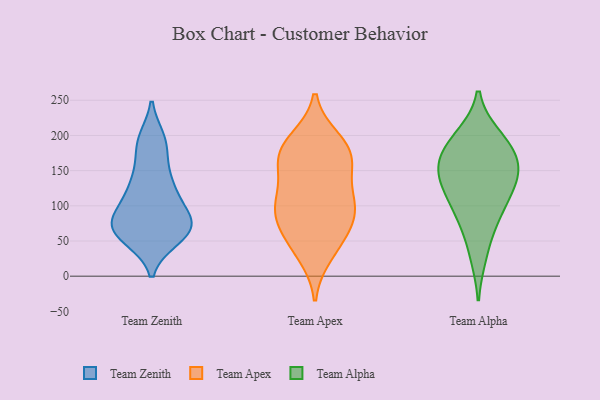
{"axis": {"x": "Latency (ms)", "y": "Value"}, "legend": ["Team Alpha", "Team Apex", "Team Zenith"], "data": [{"x": "", "y": 195, "type": "Team Zenith"}, {"x": "", "y": 130, "type": "Team Zenith"}, {"x": "", "y": 94, "type": "Team Zenith"}, {"x": "", "y": 77, "type": "Team Zenith"}, {"x": "", "y": 52, "type": "Team Zenith"}, {"x": "", "y": 73, "type": "Team Zenith"}, {"x": "", "y": 130, "type": "Team Zenith"}, {"x": "", "y": 61, "type": "Team Zenith"}, {"x": "", "y": 75, "type": "Team Zenith"}, {"x": "", "y": 113, "type": "Team Zenith"}, {"x": "", "y": 78, "type": "Team Zenith"}, {"x": "", "y": 53, "type": "Team Zenith"}, {"x": "", "y": 192, "type": "Team Zenith"}, {"x": "", "y": 163, "type": "Team Zenith"}, {"x": "", "y": 172, "type": "Team Apex"}, {"x": "", "y": 51, "type": "Team Apex"}, {"x": "", "y": 98, "type": "Team Apex"}, {"x": "", "y": 89, "type": "Team Apex"}, {"x": "", "y": 56, "type": "Team Apex"}, {"x": "", "y": 148, "type": "Team Apex"}, {"x": "", "y": 182, "type": "Team Apex"}, {"x": "", "y": 178, "type": "Team Apex"}, {"x": "", "y": 192, "type": "Team Apex"}, {"x": "", "y": 101, "type": "Team Apex"}, {"x": "", "y": 159, "type": "Team Apex"}, {"x": "", "y": 91, "type": "Team Apex"}, {"x": "", "y": 32, "type": "Team Apex"}, {"x": "", "y": 109, "type": "Team Apex"}, {"x": "", "y": 130, "type": "Team Alpha"}, {"x": "", "y": 179, "type": "Team Alpha"}, {"x": "", "y": 199, "type": "Team Alpha"}, {"x": "", "y": 169, "type": "Team Alpha"}, {"x": "", "y": 29, "type": "Team Alpha"}, {"x": "", "y": 142, "type": "Team Alpha"}, {"x": "", "y": 111, "type": "Team Alpha"}, {"x": "", "y": 78, "type": "Team Alpha"}, {"x": "", "y": 156, "type": "Team Alpha"}, {"x": "", "y": 83, "type": "Team Alpha"}, {"x": "", "y": 197, "type": "Team Alpha"}, {"x": "", "y": 125, "type": "Team Alpha"}, {"x": "", "y": 158, "type": "Team Alpha"}]}